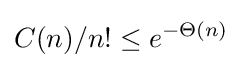
C(n)/n!\leq e^{-\Theta (n)}